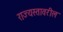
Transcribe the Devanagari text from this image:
राज्यस्तावरील